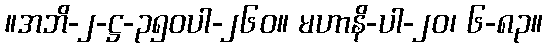
။အဘိ-၂-ဋ္ဌ-၃၅၀ပါ-၂၆၀။ မဟာနိ-ပါ-၂၀၊ ၆-၈၃။